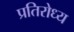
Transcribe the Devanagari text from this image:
प्रतिरोध्य